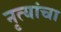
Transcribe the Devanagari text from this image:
नृत्यांचा